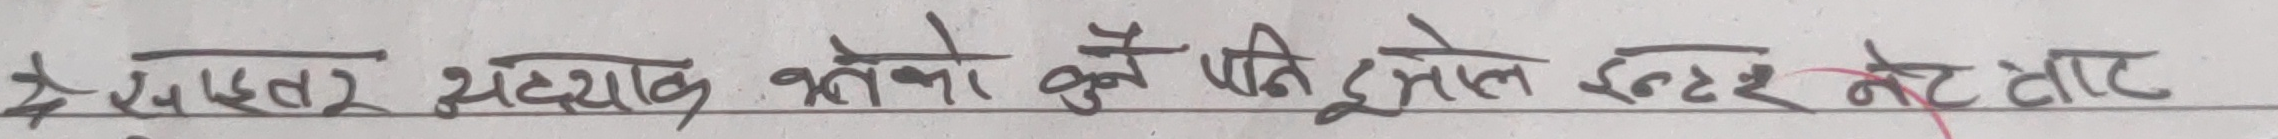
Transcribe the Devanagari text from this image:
इन्टरनेट सहायक बनेको कुनै पनि ठूलो इन्टर नेट टाट